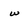
Character: w